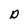
Character: p